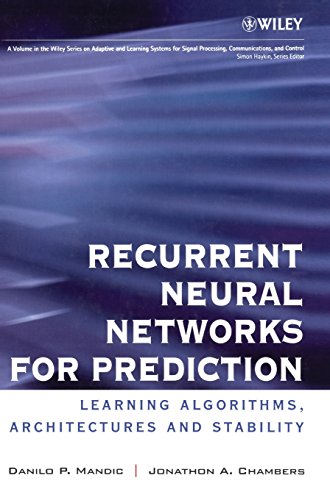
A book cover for Recurrent Neural Networks for Prediction: Learning Algorithms, Architectures and Stability; Danilo Mandic; Science & Math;